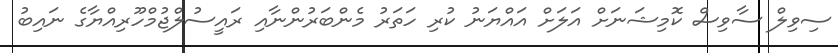
ސިވިލް ސާވިސް ކޮމިޝަނަށް އަލަށް އައްޔަނު ކުރި ހަތަރު މެންބަރުންނާއި ރައީސުލްޖުމްހޫރިއްޔާގެ ނައިބު